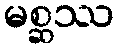
မစ္ဆဿ